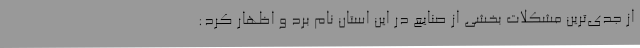
از جدی‌ترین مشکلات بخشی از صنایع در این استان نام برد و اظهار کرد: